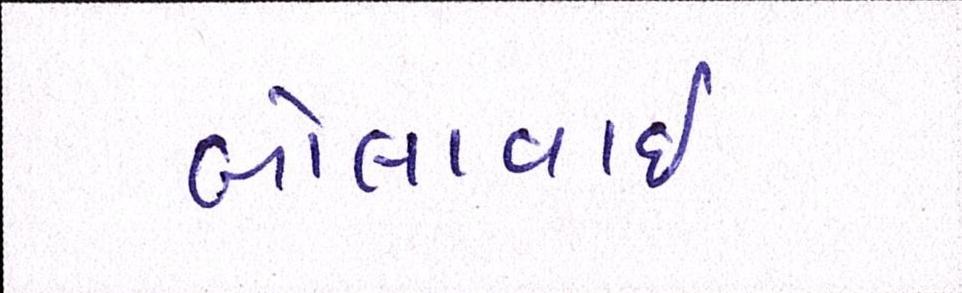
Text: બોલાવાઇ